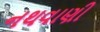
નથવાણી